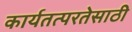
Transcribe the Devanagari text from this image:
कार्यतत्परतेसाठी